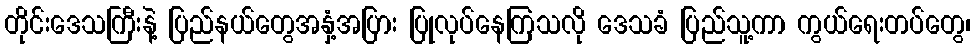
တိုင်းဒေသကြီးနဲ့ ပြည်နယ်တွေအနှံ့အပြား ပြုလုပ်နေကြသလို ဒေသခံ ပြည်သူ့ကာ ကွယ်ရေးတပ်တွေ၊